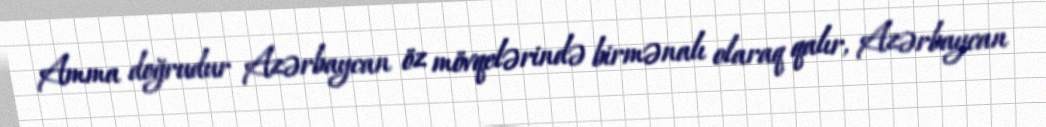
Amma doğrudur Azərbaycan öz mövqelərində birmənalı olaraq qalır, Azərbaycan